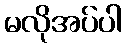
မလိုအပ်ပါ